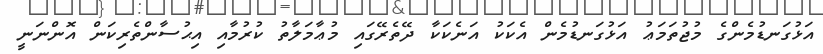
އަޅުގަނޑުމެންގެ މުޖުތަމަޢު އަޅުގަނޑުމެން އެކަކު އަނެކަކާ ދޭތެރޭގައި މުޢާމަލާތު ކުރުމާއި އިޙުސާންތެރިކަން އޮންނަނީ